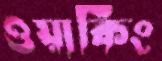
ওয়ার্কিং